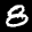
Label: 8